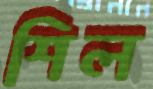
শিল